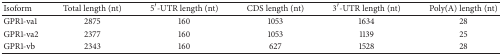
<table><thead><tr><td><b>Isoform</b></td><td><b>Totallength (nt)</b></td><td><b>5′-UTRlength (nt)</b></td><td><b>CDSlength (nt)</b></td><td><b>3′-UTRlength (nt)</b></td><td><b>Poly(A)length (nt)</b></td></tr></thead><tbody><tr><td>GPR1-va1</td><td>2875</td><td>160</td><td>1053</td><td>1634</td><td>28</td></tr><tr><td>GPR1-va2</td><td>2377</td><td>160</td><td>1053</td><td>1139</td><td>25</td></tr><tr><td>GPR1-vb</td><td>2343</td><td>160</td><td>627</td><td>1528</td><td>28</td></tr></tbody></table>